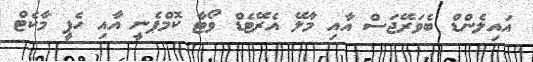
އައިލެންޑް ބެވަރޭޖަސް އާއި މާލޭ އެރޭޓެޑް ވޯޓާ ކޮމްޕެނީ އާއި ހެޕީ މާކެޓް